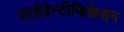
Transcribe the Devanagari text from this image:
आईडेन्टीफिकेशन